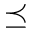
\preceq